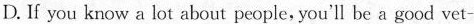
D If you know a lot about people, you'll be a good vet-